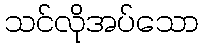
သင်လိုအပ်သော